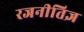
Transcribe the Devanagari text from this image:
रजनीतिज्ञ